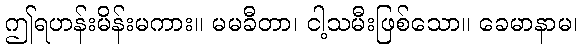
ဤရဟန်းမိန်းမကား။ မမခီတာ၊ ငါ့သမီးဖြစ်သော။ ခေမာနာမ၊